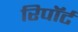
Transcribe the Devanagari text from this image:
रिपॉर्ट